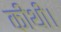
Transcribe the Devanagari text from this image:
कीथी।